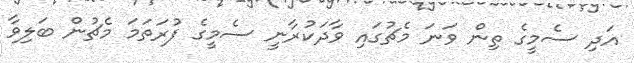
އަދި ސެމީގެ ތިން ވަނަ މެޗުގައި ވާދަކުރާނީ ސެމީގެ ފުރަތަމަ މެޗުން ބަލިވާ